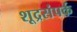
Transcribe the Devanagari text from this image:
शूद्रसंपर्क